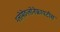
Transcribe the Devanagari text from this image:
ग्लोमेरुलोनेफ्रायटीस